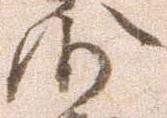
沙